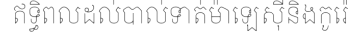
ឥទ្ធិពលដល់បាល់ទាត់ម៉ាឡេស៊ីនិងកូរ៉េ